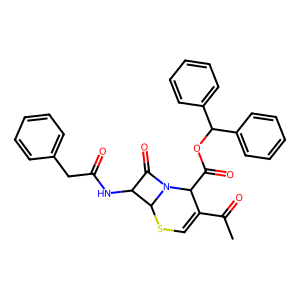
SMILES: CC(=O)C1=CSC2C(NC(=O)Cc3ccccc3)C(=O)N2C1C(=O)OC(c1ccccc1)c1ccccc1
Inhibits HIV replication: No